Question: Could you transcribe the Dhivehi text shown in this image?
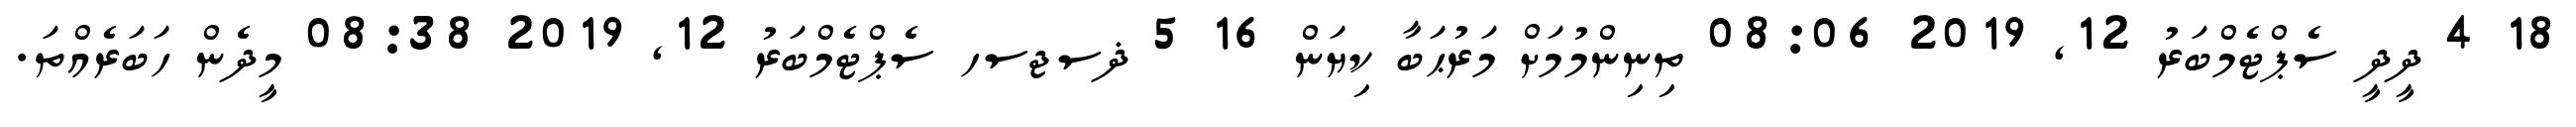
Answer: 18 4 ދީދީ ސެޕްޓެމްބަރު 12, 2019 08:06 ތިނިންމުމަށް މަރުޙަބާ ކިޔަން 16 5 ޛސޖސހ ސެޕްޓެމްބަރު 12, 2019 08:38 މީދެން ހަބަރެއްތަ.